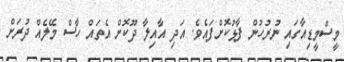
މީސްމީޑިއާގައި ނުރުހުން ފާޅުކޮށްފައެވެ. އަދި އާއިލާ ދޫކޮށް އެތައް ހާސް މޭލެއް ދުރަށް